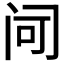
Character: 𬮠